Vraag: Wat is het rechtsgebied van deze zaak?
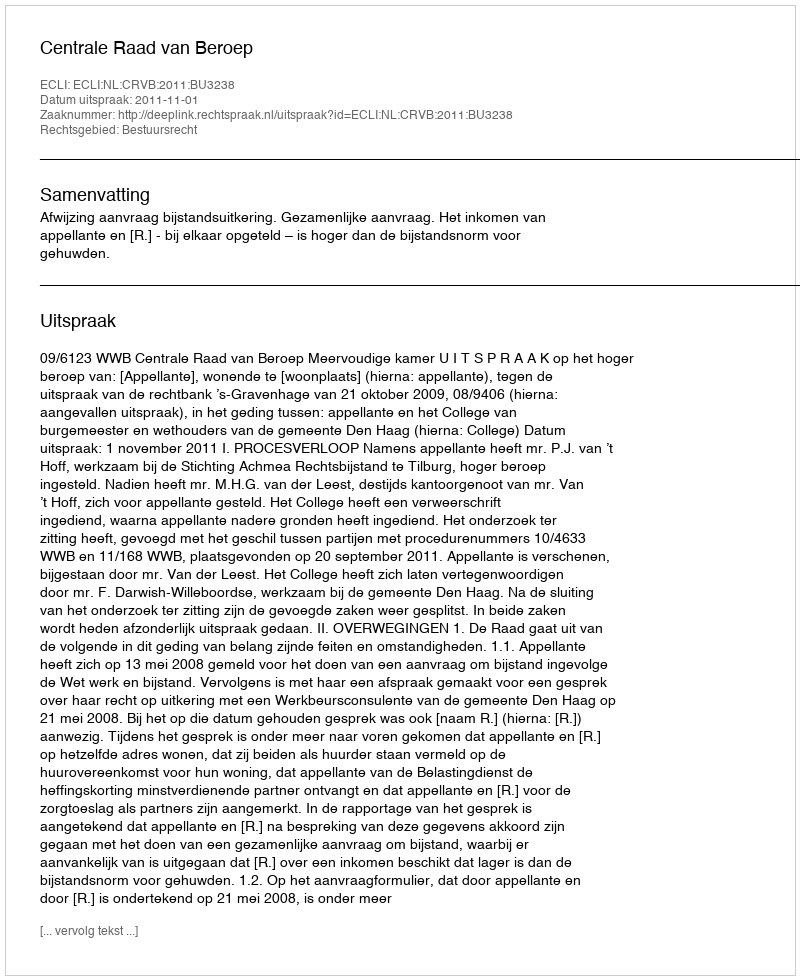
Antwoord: Bestuursrecht